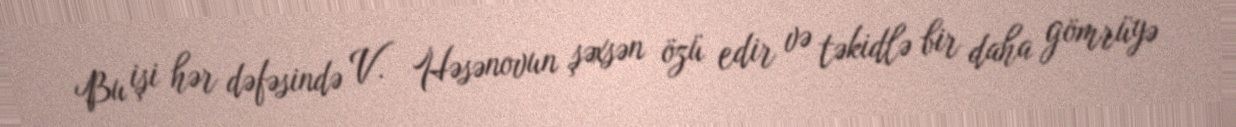
Bu işi hər dəfəsində V. Həsənovun şəxsən özü edir və təkidlə bir daha gömrüyə